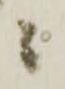
ニ